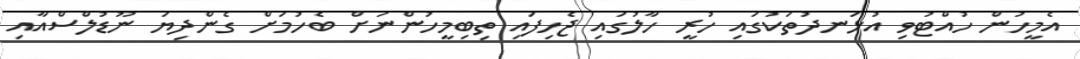
އެމީހުން ހުއްޓުވި އުޅަނދުތަކުގައި ހުރީ ހާލުގައި ޖެހިފައި ތިބިމީހުންނަށް ބެހުމަށް ގެންދިޔަ ނޫޑުލްސްއާއި